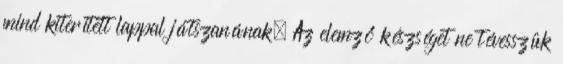
mind kiterített lappal játszanának. Az elemző készséget ne tévesszük